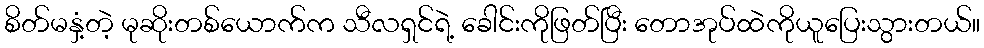
စိတ်မနှံ့တဲ့ မုဆိုးတစ်ယောက်က သီလရှင်ရဲ့ ခေါင်းကိုဖြတ်ပြီး တောအုပ်ထဲကိုယူပြေးသွားတယ်။